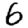
Digit: 6